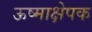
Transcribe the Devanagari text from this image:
ऊष्माक्षेपक